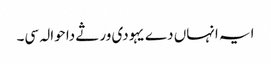
ایہ انہاں دے یہودی ورثے دا حوالہ سی۔